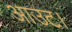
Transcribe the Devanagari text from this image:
आउट।